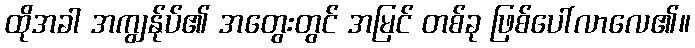
ထိုအခါ အကျွန်ုပ်၏ အတွေးတွင် အမြင် တစ်ခု ဖြစ်ပေါ်လာလေ၏။